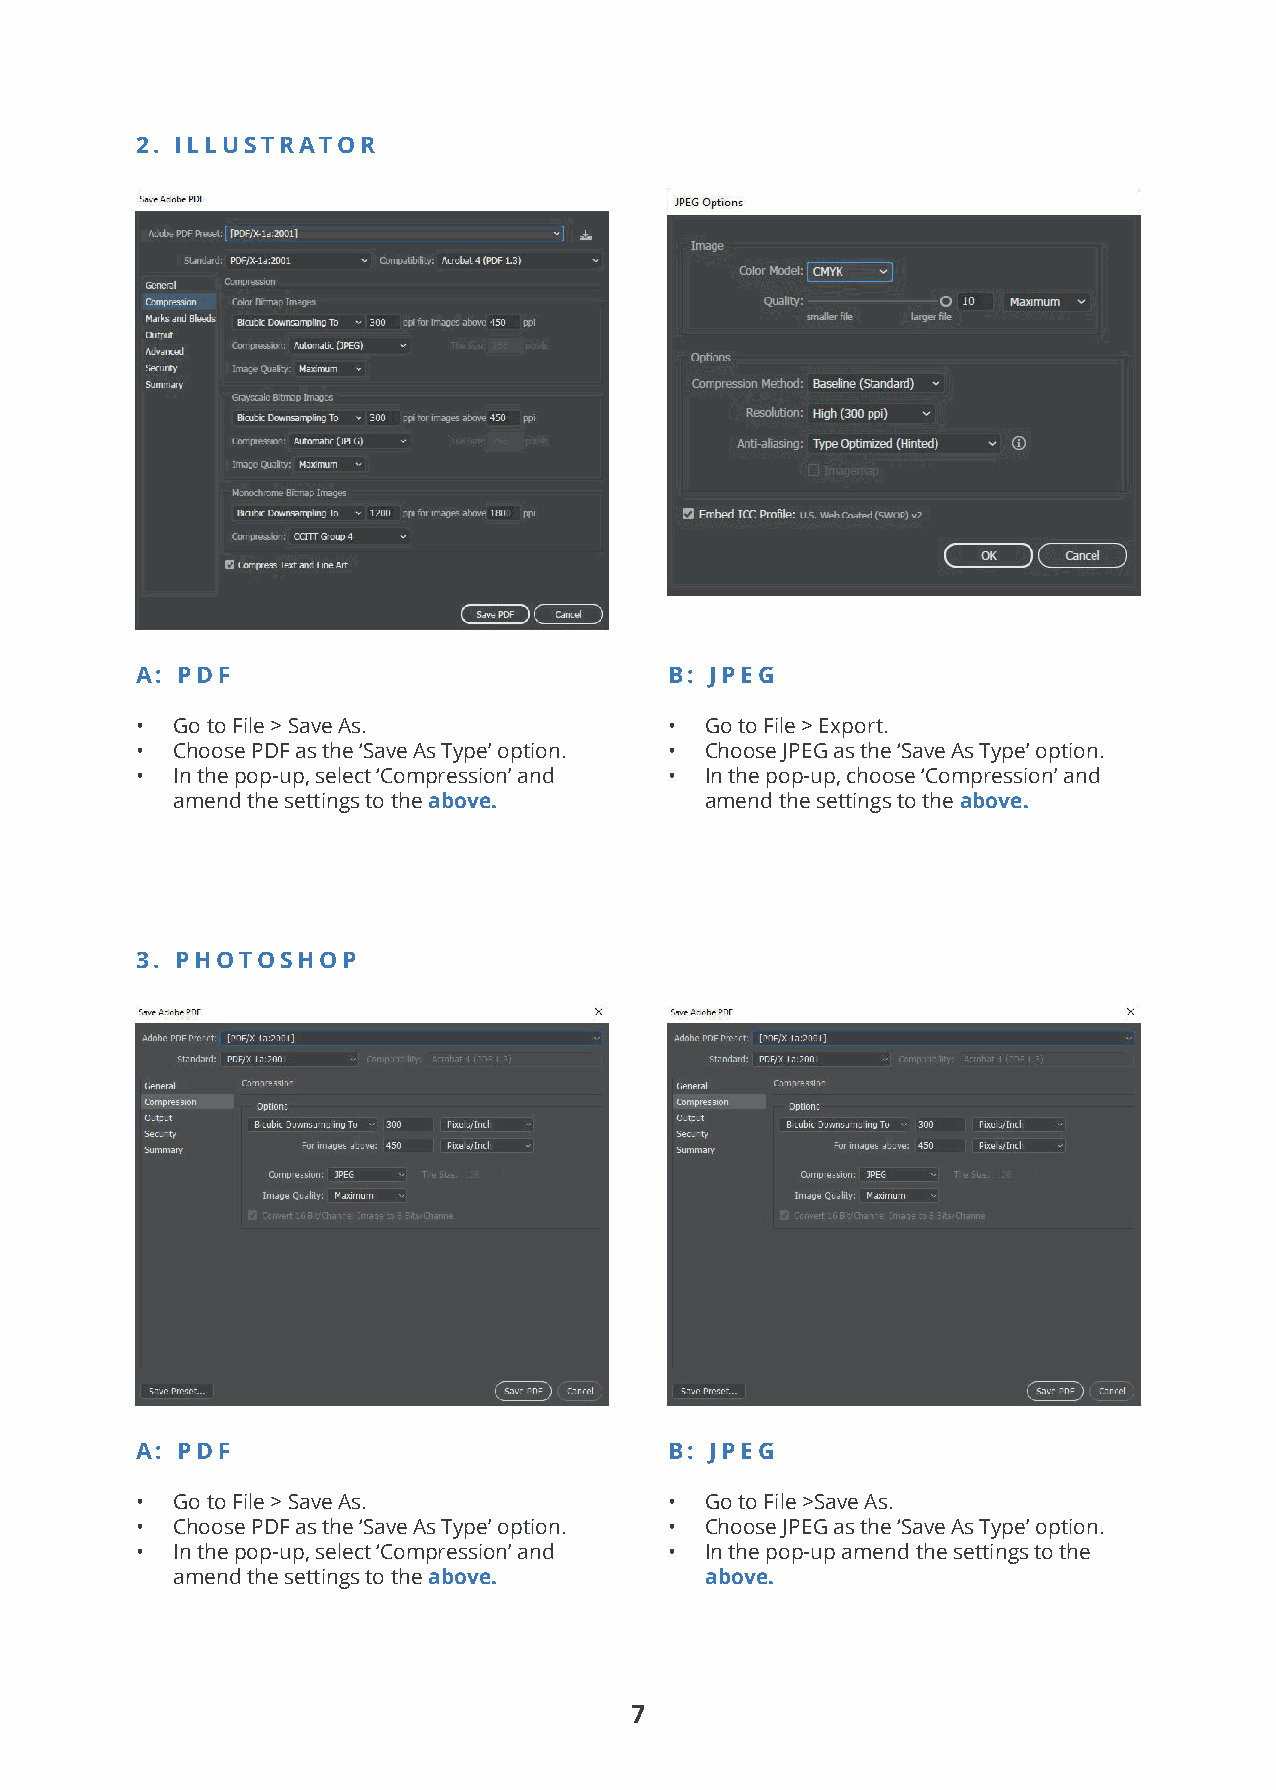
2. ILLUSTRATOR
 A: PDF                             B: JPEG
 • Go to File > Save As.            •  Go to File > Export.
 • Choose PDF as the ‘Save As Type’ option. • Choose JPEG as the ‘Save As Type’ option.
 • In the pop-up, select ‘Compression’ and • In the pop-up, choose ‘Compression’ and
 amend the settings to the above.    amend the settings to the above.
 3. PHOTOSHOP
 A: PDF                             B: JPEG
 • Go to File > Save As.            •  Go to File >Save As.
 • Choose PDF as the ‘Save As Type’ option. • Choose JPEG as the ‘Save As Type’ option.
 • In the pop-up, select ‘Compression’ and • In the pop-up amend the settings to the
 amend the settings to the above.    above.
 7